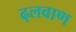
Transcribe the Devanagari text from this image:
ढ़लवाण